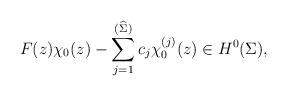
LaTeX: \begin{gather*}F(z)\chi_0(z) -\sum_{j=1}^{(\widehat{\Sigma})} c_j \chi_0^{(j)}(z) \in H^0(\Sigma),\end{gather*}